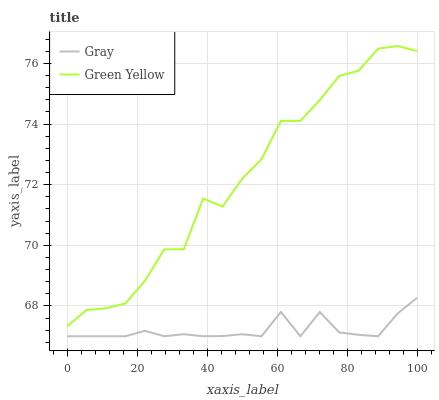
| xaxis_label | Gray | Green Yellow |
 | --- | --- | --- |
 | 0 | 67 | 67.3 |
 | 5.56 | 67 | 67.9 |
 | 11.1 | 67 | 67.9 |
 | 16.7 | 67 | 68.1 |
 | 22.2 | 67.2 | 68.8 |
 | 27.8 | 67 | 69.9 |
 | 33.3 | 67.1 | 69.9 |
 | 38.9 | 67 | 71.5 |
 | 44.4 | 67 | 71.3 |
 | 50 | 67.1 | 72.2 |
 | 55.6 | 67 | 72.8 |
 | 61.1 | 67.8 | 74.1 |
 | 66.7 | 67 | 74.1 |
 | 72.2 | 67.8 | 74.8 |
 | 77.8 | 67.1 | 75.6 |
 | 83.3 | 67 | 75.8 |
 | 88.9 | 67 | 76.5 |
 | 94.4 | 67.8 | 76.6 |
 | 100 | 68.3 | 76.4 |